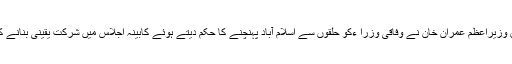
ذرائع کے مطابق وزیراعظم عمران خان نے وفاقی وزرا ءکو حلقوں سے اسلام آباد پہنچنے کا حکم دیتے ہوئے کابینہ اجلاس میں شرکت یقینی بنانے کی ہدایت کی ہے۔